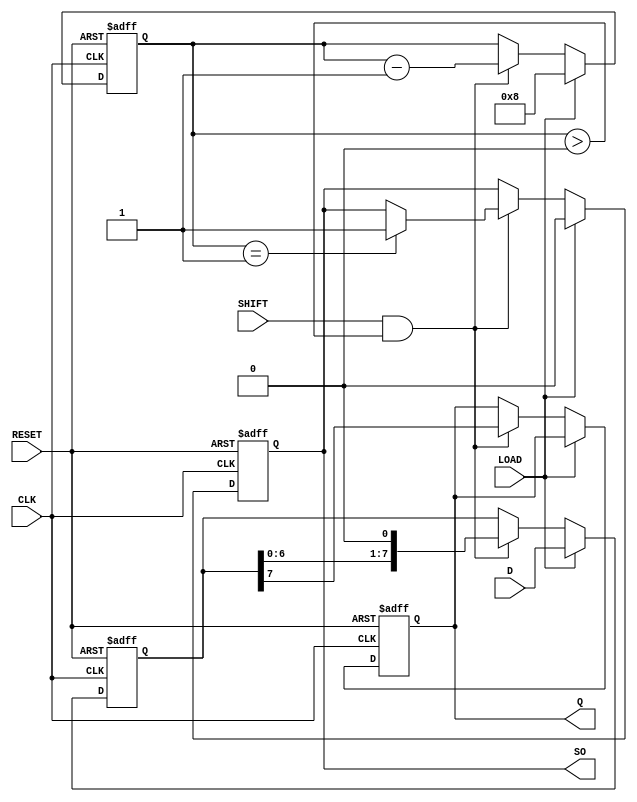
module PISO_Register #(
    parameter WIDTH = 8 // Parameter to define the width of the register
)(
    input wire [WIDTH-1:0] D,      // Parallel data inputs
    input wire LOAD,                // Load control signal
    input wire SHIFT,               // Shift control signal
    input wire CLK,                 // Clock signal
    input wire RESET,               // Asynchronous reset signal
    output reg Q,                   // Serial output
    output reg SO                   // Shifted out indicator
);

    reg [WIDTH-1:0] shift_reg;      // Internal shift register
    reg [3:0] bit_count;             // Counter for the number of bits shifted out

    always @(posedge CLK or posedge RESET) begin
        if (RESET) begin
            shift_reg <= 0;          // Clear the shift register on reset
            Q <= 0;                  // Clear the serial output
            SO <= 0;                 // Clear the shifted out indicator
            bit_count <= 0;          // Reset bit count
        end
        else begin
            if (LOAD) begin
                shift_reg <= D;       // Load data into the shift register asynchronously
                bit_count <= WIDTH;   // Set bit count to WIDTH
                SO <= 0;              // Clear shifted out indicator
            end
            else if (SHIFT && bit_count > 0) begin
                Q <= shift_reg[WIDTH-1]; // Output the MSB
                shift_reg <= {shift_reg[WIDTH-2:0], 1'b0}; // Shift left
                bit_count <= bit_count - 1; // Decrease the bit count
                if (bit_count == 1) begin
                    SO <= 1;          // Set shifted out indicator when last bit is shifted
                end
            end
        end
    end

endmodule